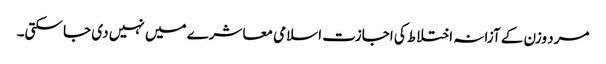
مرد وزن کے آزانہ اختلاط کی اجازت اسلامی معاشرے میں نہیں دی جا سکتی۔